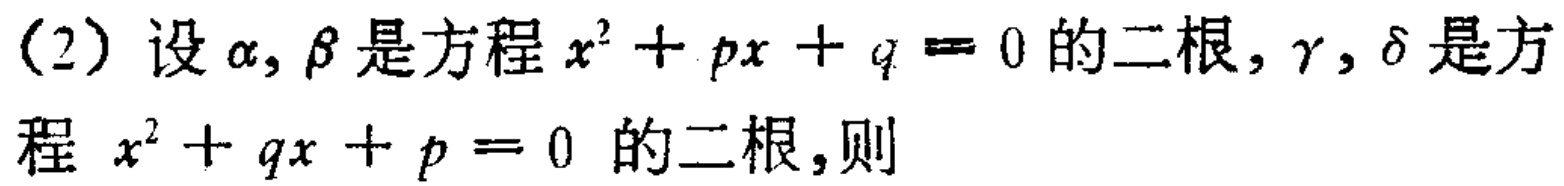
(2) 设\(\alpha,\beta\)是方程\(x^{2}+px + q = 0\)的二根，\(\gamma,\delta\)是方程 \(x^{2}+qx + p = 0\) 的二根，则